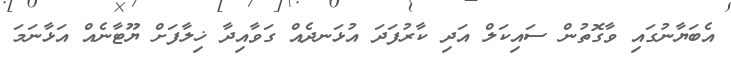
އެބަޔާނުގައި ވާގޮތުން ސައިކަލް އަދި ކާރުފަދަ އުޅަނދެއް ގަވާއިދާ ޚިލާފަށް ޔޫޓާނެއް އަޅާނަމަ